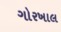
ગોરખાલ